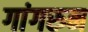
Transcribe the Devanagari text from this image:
गांगरुन